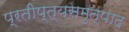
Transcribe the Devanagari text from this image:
प्रतीप्त्यसमुत्पाद